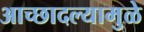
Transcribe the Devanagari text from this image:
आच्छादल्यामुळे